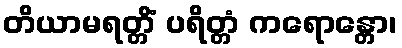
တိယာမရတ္တိံ ပရိတ္တံ ကရောန္တော၊